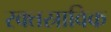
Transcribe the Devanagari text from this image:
रक्तस्राविक